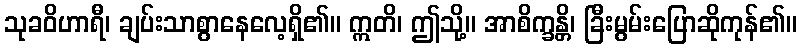
သုခဝိဟာရီ၊ ချပ်းသာစွာနေလေ့ရှိ၏။ ဣတိ၊ ဤသို့။ အာစိက္ခန္တိ၊ ခြီးမွမ်းပြောဆိုကုန်၏။